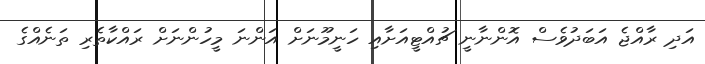
އަދި ރާއްޖެ އަބަދުވެސް އޮންނާނީ ޗުއްޓީއަށާއި ހަނީމޫނަށް އަންނަ މީހުންނަށް ރައްކާތެރި ތަނެއްގެ